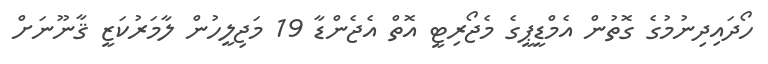
ހޯދައިދިނުމުގެ ގޮތުން އެމްޑީޕީގެ މެޖޯރިޓީ އޮތް އެޖެންޑާ 19 މަޖިލީހުން ލާމަރުކަޒީ ޤާނޫނަށް